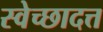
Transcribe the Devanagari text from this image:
स्वेच्छादत्त